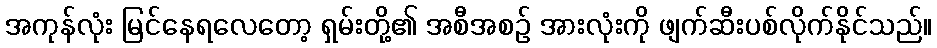
အကုန်လုံး မြင်နေရလေတော့ ရှမ်းတို့၏ အစီအစဉ် အားလုံးကို ဖျက်ဆီးပစ်လိုက်နိုင်သည်။